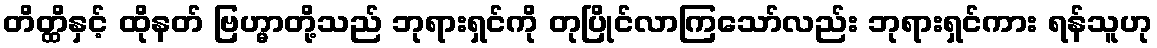
တိတ္ထိနှင့် ထိုနတ် ဗြဟ္မာတို့သည် ဘုရားရှင်ကို တုပြိုင်လာကြသော်လည်း ဘုရားရှင်ကား ရန်သူဟု